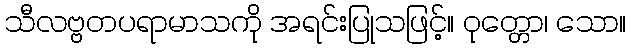
သီလဗ္ဗတပရာမာသကို အရင်းပြုသဖြင့်။ ဝုတ္တော၊ သော။